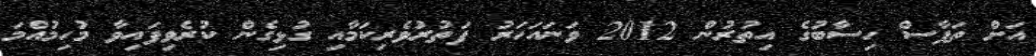
އަށް ތަފާސް ހިސާބުގެ އިތުރުން 2012 ވަނައަހަރު ފަތުރުވެރިކަމާއި ގުޅިގެން ކުރެވިފައިވާ މުހިމުއްމަ